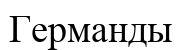
Германды